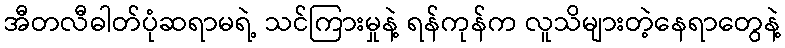
အီတလီဓါတ်ပုံဆရာမရဲ့ သင်ကြားမှုနဲ့ ရန်ကုန်က လူသိများတဲ့နေရာတွေနဲ့